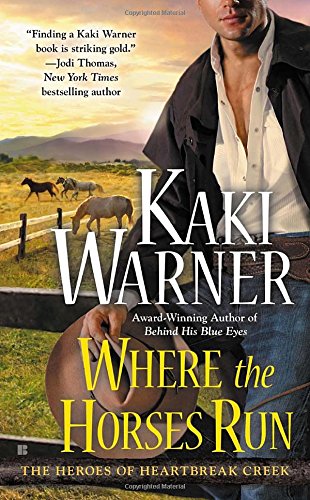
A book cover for Where the Horses Run (The Heroes of Heartbreak Creek); Kaki Warner; Romance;